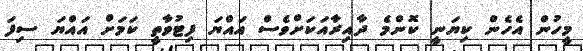
މީހުން އެހެން ކިޔަނީ ކޮންމެ ދާއިރާއަކަށްވެސް އައްޔަ ފިޓުވާތީ ކަމަށް އައްޔަ ސިފަ